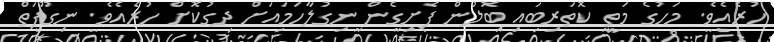
ހުރެއެވެ. މަހުގެ މަތީ ކޮތަރިބައި ބޮލުން ފެށިގެން ނިގުލާހަމައަށް ދިގުކޮށް ހުރެއެވެ. ނިގޫފަތް